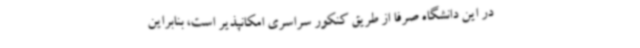
در این دانشگاه صرفا از طریق کنکور سراسری امکانپذیر است، بنابراین